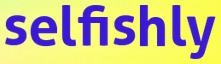
selfishly